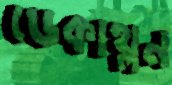
ডেকাথ্লন